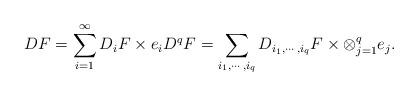
LaTeX: \begin{align*}DF=\sum_{i=1}^{\infty}D_iF\times e_iD^qF=\sum_{i_1,\cdots,i_q}D_{i_1,\cdots,i_q}F\times\otimes_{j=1}^qe_j.\end{align*}